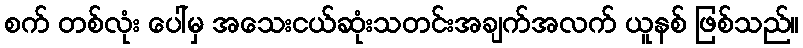
စက် တစ်လုံး ပေါ်မှ အသေးငယ်ဆုံးသတင်းအချက်အလက် ယူနစ် ဖြစ်သည်။